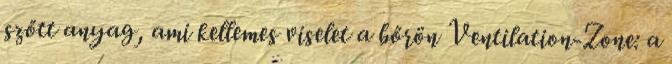
szőtt anyag, ami kellemes viselet a bőrön Ventilation-Zone: a